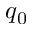
q _ { 0 }